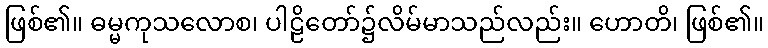
ဖြစ်၏။ ဓမ္မကုသလောစ၊ ပါဠိတော်၌လိမ်မာသည်လည်း။ ဟောတိ၊ ဖြစ်၏။